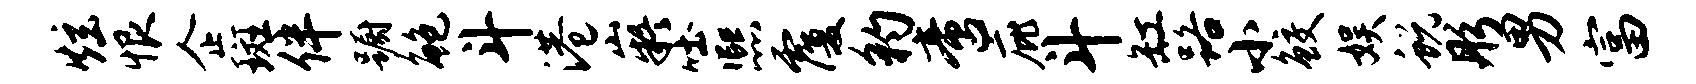
炫恨企斑伴蹰鲍斗港嶷吐熙覆豹啻庇斗缸路小鲛娱蜕彤男富